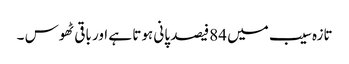
تازہ سیب میں 84فیصد پانی ہوتا ہے اور باقی ٹھوس ۔